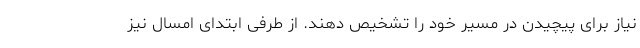
نیاز برای پیچیدن در مسیر خود را تشخیص دهند. از طرفی ابتدای امسال نیز